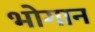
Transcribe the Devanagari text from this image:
भोगान